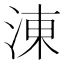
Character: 涷